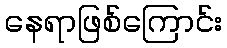
နေရာဖြစ်ကြောင်း